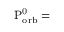
\mathrm { { P _ { o r b } ^ { 0 } = } }